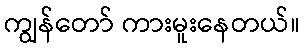
ကျွန်တော် ကားမူးနေတယ်။